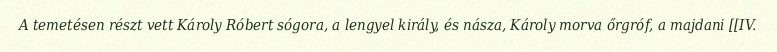
A temetésen részt vett Károly Róbert sógora, a lengyel király, és násza, Károly morva őrgróf, a majdani [[IV.